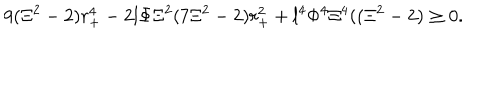
9 ( \Xi ^ { 2 } - 2 ) r _ { + } ^ { 4 } - 2 l \Phi \Xi ^ { 2 } ( 7 \Xi ^ { 2 } - 2 ) r _ { + } ^ { 2 } + l ^ { 4 } \Phi ^ { 4 } \Xi ^ { 4 } ( ( \Xi ^ { 2 } - 2 ) \geq 0 .